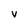
Character: V